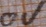
Text: 0V